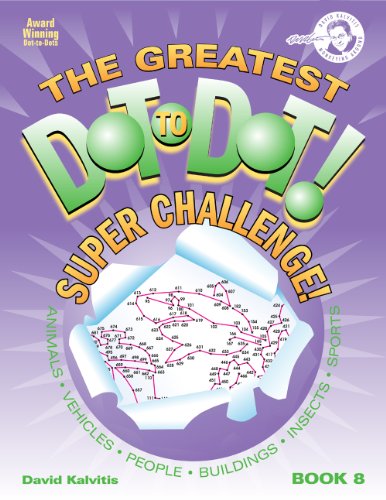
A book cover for The Greatest Dot-to-Dot Super Challenge Book 8; David Kalvitis; Humor & Entertainment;